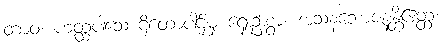
တာဝ၊ ဟတ္ထပါသေ ဌိတောပါဌ်မှ ရှေးဦးစွာ။ အသနံဘောဇနန္တိဧတ္ထ၊